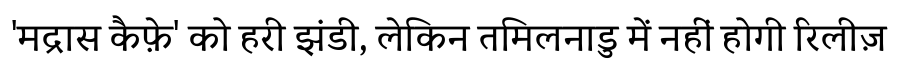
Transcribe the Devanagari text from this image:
'मद्रास कैफ़े' को हरी झंडी, लेकिन तमिलनाडु में नहीं होगी रिलीज़